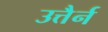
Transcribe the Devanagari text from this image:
उत्तैर्न